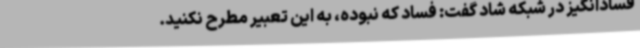
فسادانگیز در شبکه شاد گفت: فساد که نبوده، به این تعبیر مطرح نکنید.